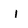
Character: i